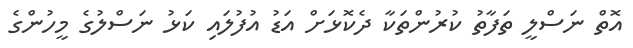
އޮތް ނަސްލީ ތަފާތު ކުރުންތަކާ ދެކޮޅަށް އަޑު އުފުލައި ކަޅު ނަސްލުގެ މީހުންގެ